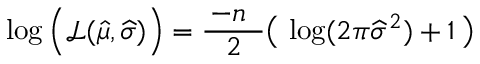
\log { \Big ( } { \mathcal { L } } ( { \widehat { \mu } } , { \widehat { \sigma } } ) { \Big ) } = { \frac { \, - n \; \; } { 2 } } { \big ( } \, \log ( 2 \pi { \widehat { \sigma } } ^ { 2 } ) + 1 \, { \big ) }